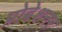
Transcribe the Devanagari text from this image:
प्रोबेशनर